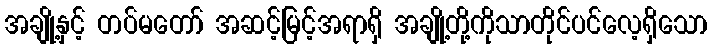
အချို့နှင့် တပ်မတော် အဆင့်မြင့်အရာရှိ အချို့တို့ကိုသာတိုင်ပင်လေ့ရှိသော